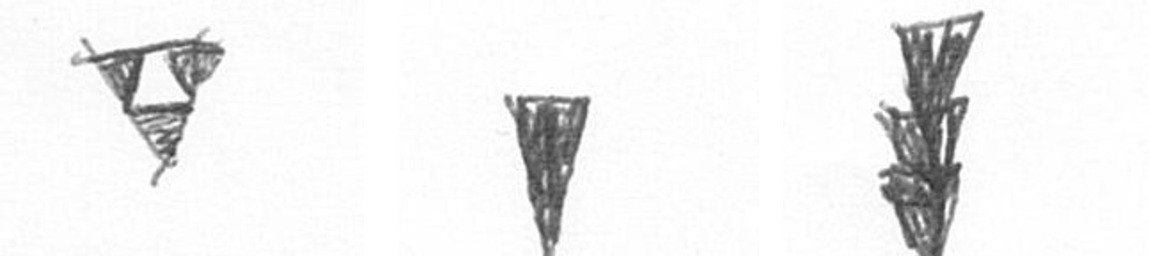
S J E